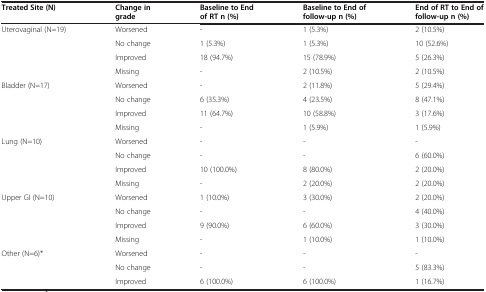
<table><thead><tr><td><b>Treated Site (N)</b></td><td><b>Change in grade</b></td><td><b>Baseline to End of RT n (%)</b></td><td><b>Baseline to End of follow-up n (%)</b></td><td><b>End of RT to End of follow-up n (%)</b></td></tr></thead><tbody><tr><td>Uterovaginal (N=19)</td><td>Worsened</td><td>-</td><td>1 (5.3%)</td><td>2 (10.5%)</td></tr><tr><td> </td><td>No change</td><td>1 (5.3%)</td><td>1 (5.3%)</td><td>10 (52.6%)</td></tr><tr><td> </td><td>Improved</td><td>18 (94.7%)</td><td>15 (78.9%)</td><td>5 (26.3%)</td></tr><tr><td> </td><td>Missing</td><td>-</td><td>2 (10.5%)</td><td>2 (10.5%)</td></tr><tr><td>Bladder (N=17)</td><td>Worsened</td><td>-</td><td>2 (11.8%)</td><td>5 (29.4%)</td></tr><tr><td> </td><td>No change</td><td>6 (35.3%)</td><td>4 (23.5%)</td><td>8 (47.1%)</td></tr><tr><td> </td><td>Improved</td><td>11 (64.7%)</td><td>10 (58.8%)</td><td>3 (17.6%)</td></tr><tr><td> </td><td>Missing</td><td>-</td><td>1 (5.9%)</td><td>1 (5.9%)</td></tr><tr><td>Lung (N=10)</td><td>Worsened</td><td>-</td><td>-</td><td>-</td></tr><tr><td> </td><td>No change</td><td>-</td><td>-</td><td>6 (60.0%)</td></tr><tr><td> </td><td>Improved</td><td>10 (100.0%)</td><td>8 (80.0%)</td><td>2 (20.0%)</td></tr><tr><td> </td><td>Missing</td><td>-</td><td>2 (20.0%)</td><td>2 (20.0%)</td></tr><tr><td>Upper GI (N=10)</td><td>Worsened</td><td>1 (10.0%)</td><td>3 (30.0%)</td><td>2 (20.0%)</td></tr><tr><td> </td><td>No change</td><td>-</td><td>-</td><td>4 (40.0%)</td></tr><tr><td> </td><td>Improved</td><td>9 (90.0%)</td><td>6 (60.0%)</td><td>3 (30.0%)</td></tr><tr><td> </td><td>Missing</td><td>-</td><td>1 (10.0%)</td><td>1 (10.0%)</td></tr><tr><td>Other (N=6)*</td><td>Worsened</td><td>-</td><td>-</td><td>-</td></tr><tr><td> </td><td>No change</td><td>-</td><td>-</td><td>5 (83.3%)</td></tr><tr><td> </td><td>Improved</td><td>6 (100.0%)</td><td>6 (100.0%)</td><td>1 (16.7%)</td></tr></tbody></table>